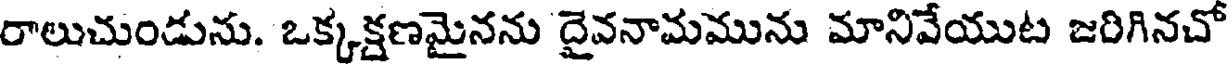
రాలుచుండును. ఒక్కక్షణమైనను దైవనామమును మానివేయుట జరిగినచో